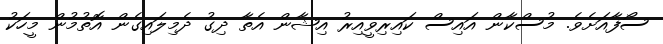
ސޯފާއަށެވެ. މުސްކާން އައިސް ކައިރިވީއިރު އިޝާން އެތާ ދިގު ދެމިލައިގެން އޮތުމުން މީހަކު